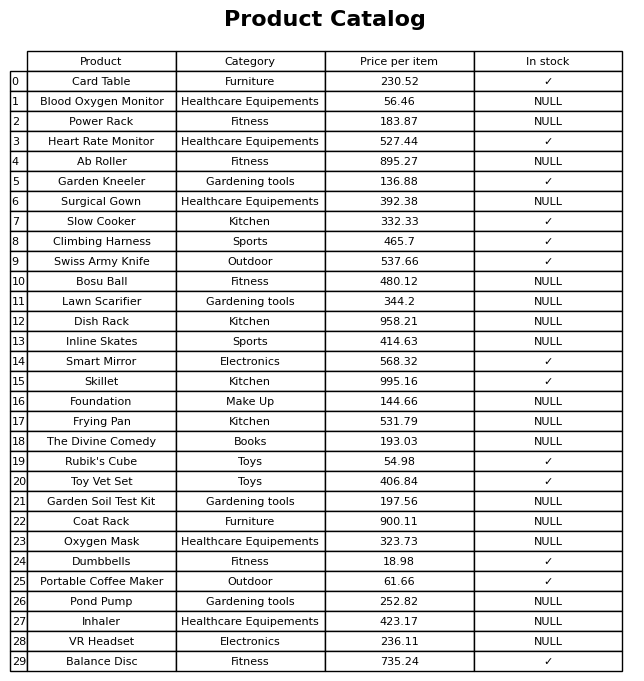
question: What is the price for Surgical Gown?
answer: The price of Surgical Gown is 392.38.